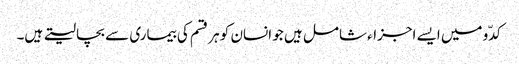
کدّو میں ایسے اجزاء شامل ہیں جو انسان کو ہر قسم کی بیماری سے بچا لیتے ہیں۔